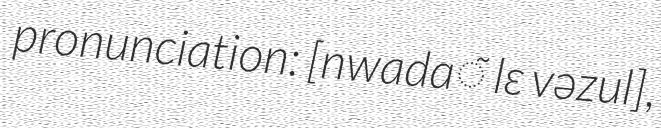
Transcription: pronunciation: ​[nwadɑ̃ lɛ vəzul],